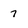
Character: 7